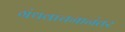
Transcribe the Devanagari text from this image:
ग्रंथवाचनानंतर